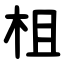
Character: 柤